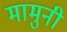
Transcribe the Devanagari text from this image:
मामुनी